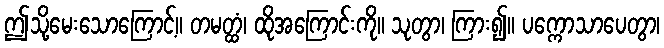
ဤသို့မေးသောကြောင့်။ တမတ္ထံ၊ ထိုအကြောင်းကို။ သုတွာ၊ ကြား၍။ ပက္ကောသာပေတွာ၊